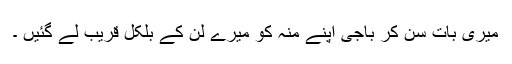
میری بات سن کر باجی اپنے منہ کو میرے لن کے بلکل قریب لے گئیں ۔